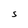
Character: S